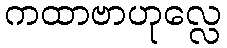
ကထာဗာဟုလ္လေ